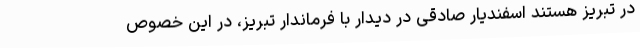
در تبریز هستند اسفندیار صادقی در دیدار با فرماندار تبریز، در این خصوص